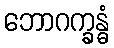
ဘောဂက္ခန္ဓံ